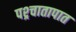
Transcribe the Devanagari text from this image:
पश्र्चातापात